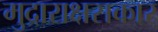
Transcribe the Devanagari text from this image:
मुद्राराक्षसकार